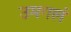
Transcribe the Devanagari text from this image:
उमगलं